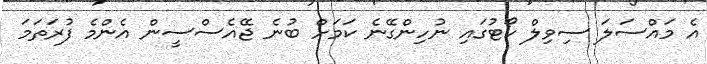
އެ މައްސަލަ ސިވިލް ކޯޓުގައި ނުހިންގޭނެ ކަމަށް ބުނެ ޖޭއެސްސީން އެންމެ ފުރަތަމަ